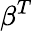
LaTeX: \beta^{T}